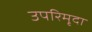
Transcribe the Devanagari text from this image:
उपरिमृदा